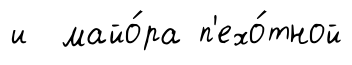
и майо́ра п'ехо́тной